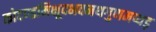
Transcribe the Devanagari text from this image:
कोदण्डमिक्षूदभवमथगुणमप्यड़